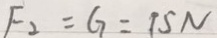
F _ { 2 } = G = 1 5 N